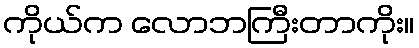
ကိုယ်က လောဘကြီးတာကိုး။